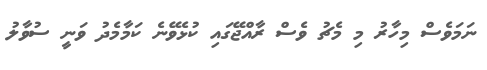
ނަމަވެސް މިހާރު މި މެޗު ވެސް ރާއްޖޭގައި ކުޅެވޭނެ ކަމާމެދު ވަނީ ސުވާލު